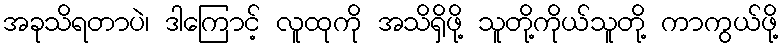
အခုသိရတာပဲ၊ ဒါကြောင့် လူထုကို အသိရှိဖို့ သူတို့ကိုယ်သူတို့ ကာကွယ်ဖို့